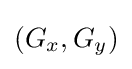
(G_{x},G_{y})